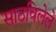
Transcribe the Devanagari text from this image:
साठविलेले